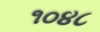
૧૦૪૮